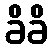
ခိခိ